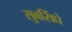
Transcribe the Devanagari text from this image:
सुबसिंघे